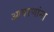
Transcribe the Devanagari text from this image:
आवरणांना